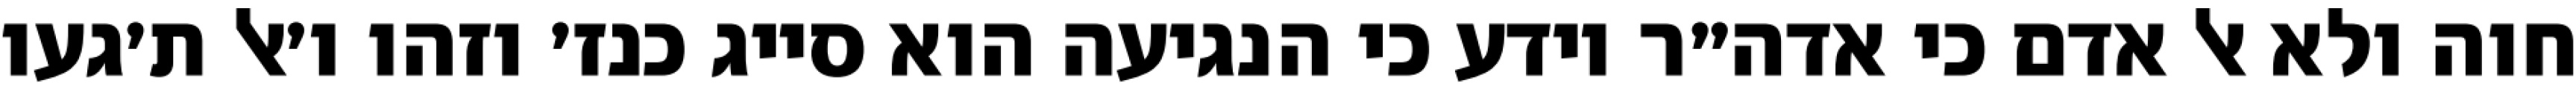
חוה ולא אל אדם כי אדה״ר יודע כי הנגיעה הוא סייג כנז׳ וזהו ו׳אל ת׳געו